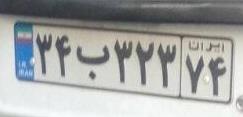
۳۴ب۳۲۳۷۴